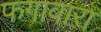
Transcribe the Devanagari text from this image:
फगावारा